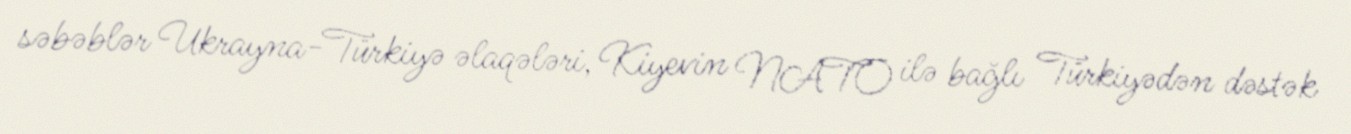
səbəblər Ukrayna-Türkiyə əlaqələri, Kiyevin NATO ilə bağlı Türkiyədən dəstək